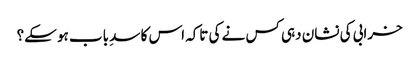
خرابی کی نشان دہی کس نے کی تاکہ اس کا سدِ باب ہو سکے؟